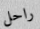
راحل